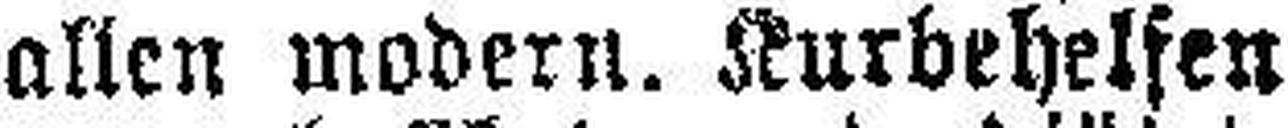
allen modern. Kurbehelfen